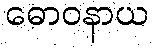
ဓောဝနာယ